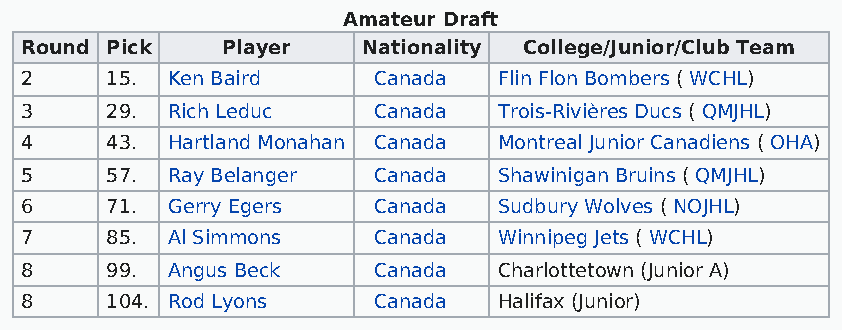
Amateur Draft
 Round Pick    Player   Nationality College/Junior/Club Team
 2     15. Ken Baird     Canada  Flin Flon Bombers ( WCHL)
 3     29. Rich Leduc    Canada  Trois-Rivières Ducs ( QMJHL)
 4     43. Hartland Monahan Canada Montreal Junior Canadiens ( OHA)
 5     57. Ray Belanger  Canada  Shawinigan Bruins ( QMJHL)
 6     71. Gerry Egers   Canada  Sudbury Wolves ( NOJHL)
 7     85. Al Simmons    Canada  Winnipeg Jets ( WCHL)
 8     99. Angus Beck    Canada  Charlottetown (Junior A)
 8     104. Rod Lyons    Canada  Halifax (Junior)